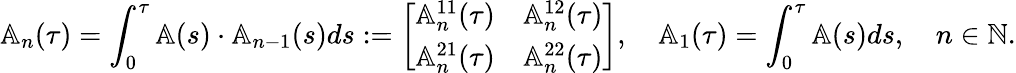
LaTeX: \mathbb{A}_{n}(\tau)=\int_{0}^{\tau}\mathbb{A}(s)\cdot\mathbb{A}_{n-1}(s)ds:=\left[\begin{array}{cc}{\mathbb{A}_{n}^{11}(\tau)}&{\mathbb{A}_{n}^{12}(\tau)}\\ {\mathbb{A}_{n}^{21}(\tau)}&{\mathbb{A}_{n}^{22}(\tau)}\end{array}\right],\quad\mathbb{A}_{1}(\tau)=\int_{0}^{\tau}\mathbb{A}(s)ds,\quad n\in\mathbb{N}.